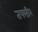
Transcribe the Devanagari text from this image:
तफ्सीर